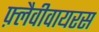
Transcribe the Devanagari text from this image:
फ़्लैवीवायरस